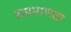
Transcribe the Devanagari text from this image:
सप्रमाणता